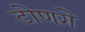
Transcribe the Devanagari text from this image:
टोणगे